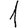
Digit: 1